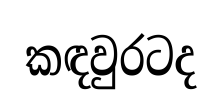
කඳවුරටද